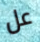
عل